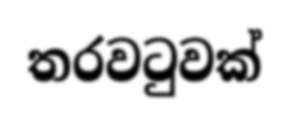
තරවටුවක්